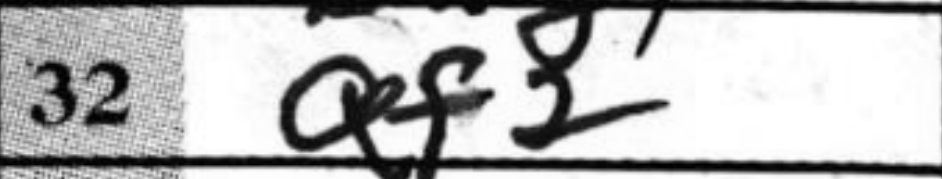
Transcription: Qf2